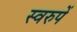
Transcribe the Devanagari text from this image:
स्वरुपें